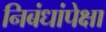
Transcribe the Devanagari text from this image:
निबंधांपेक्षा